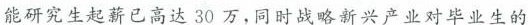
能研究生起薪已高达30万，同时战略新兴产业对毕业生的